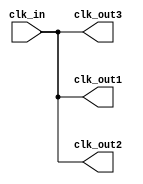
module clock_buffer (
    input wire clk_in,          // Single-ended clock input
    output wire clk_out1,      // First output clock
    output wire clk_out2,      // Second output clock (can be extended for more outputs)
    output wire clk_out3       // Third output clock (can be extended for more outputs)
);

// Parameter for drive strength tuning
parameter DRIVE_STRENGTH = 4; // Example value, can be adjusted as per technology

// Internal signal declarations
wire clk_buffered;

// Buffering the clock signal to enhance drive strength
// Using a simple inverter as a buffer for demonstration purposes
// In a real design, this could be a more complex buffer with drive strength tuning
generate
    genvar i;
    for (i = 0; i < 3; i = i + 1) begin : clk_outputs
        // Use a simple buffer (or an actual buffer component in practice)
        assign clk_out1 = clk_in; // First output
        assign clk_out2 = clk_in; // Second output
        assign clk_out3 = clk_in; // Third output
    end
endgenerate

endmodule